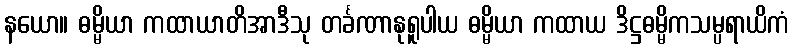
နယော။ ဓမ္မိယာ ကထာယာတိအာဒီသု တင်္ခဏာနုရူပါယ ဓမ္မိယာ ကထာယ ဒိဋ္ဌဓမ္မိကသမ္ပရာယိကံ